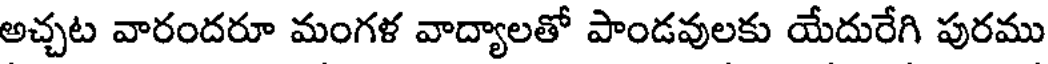
అచ్చట వారందరూ మంగళ వాద్యాలతో పాండవులకు యేదురేగి పురము